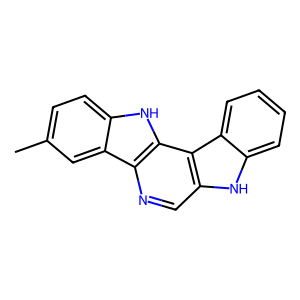
SMILES: Cc1ccc2[nH]c3c(ncc4[nH]c5ccccc5c43)c2c1
Inhibits HIV replication: No